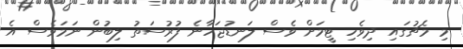
މި މެޗުގައި ދިވެހި ޓީމަށް ވެސް ލަނޑުޖަހާނެ ފުރުސަތު ލިބުން ނަމަވެސް އެ